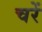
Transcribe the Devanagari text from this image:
चरें